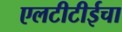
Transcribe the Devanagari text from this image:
एलटीटीईचा